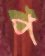
প